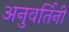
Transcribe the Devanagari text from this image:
अनुवर्तिनी